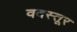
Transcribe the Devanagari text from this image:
वदस्तूर